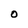
Character: O